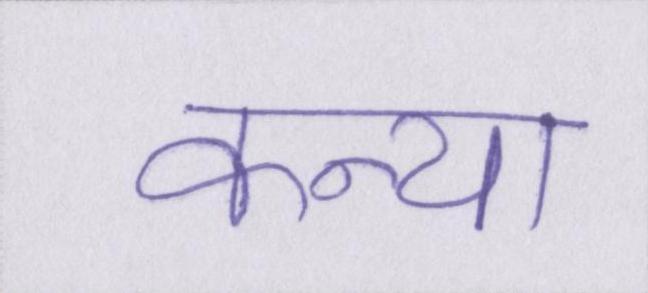
कन्या